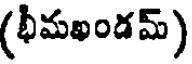
(భీమఖండమ్)